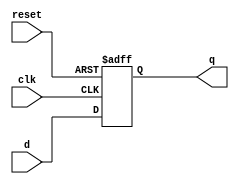
// Jonathan Monreal
// A basic D-flipflop to be used in the speed counter

module flipflop(clk, reset, d, q);
	
	input clk, reset, d;
	output reg q;
	
	always @(posedge clk or posedge reset)
		if (reset) q = 0;
		else q = d;
	
endmodule